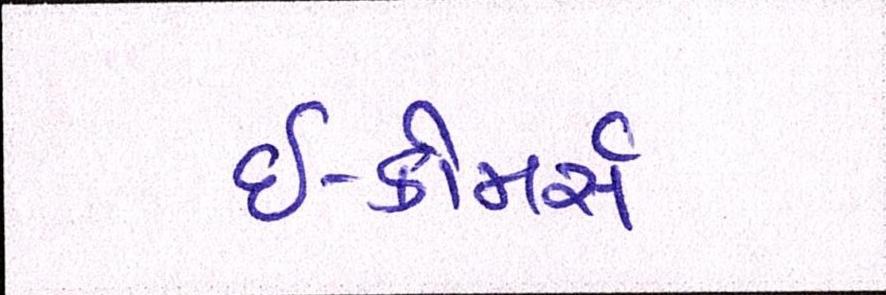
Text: ઇ-કોમર્સ